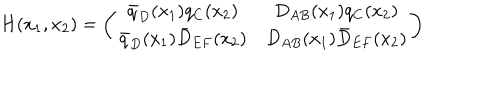
H ( x _ { 1 } , x _ { 2 } ) = \left( \begin{array} { c c } { { \bar { q } _ { D } ( x _ { 1 } ) q _ { C } ( x _ { 2 } ) } } & { { D _ { A B } ( x _ { 1 } ) q _ { C } ( x _ { 2 } ) } } \\ { { \bar { q } _ { D } ( x _ { 1 } ) \bar { D } _ { E F } ( x _ { 2 } ) } } & { { D _ { A B } ( x _ { 1 } ) \bar { D } _ { E F } ( x _ { 2 } ) } } \\ \end{array} \right)